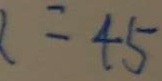
x = 4 5